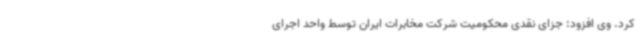
کرد. وی افزود: جزای نقدی محکومیت شرکت مخابرات ایران توسط واحد اجرای